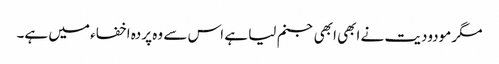
مگر مودودیت نے ابھی ابھی جنم لیا ہے اس سے وہ پردہ اخفاء میں ہے۔